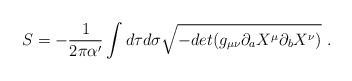
\begin{align*}S= -{1\over 2 \pi \alpha'}\int d\tau d\sigma \sqrt{-det(g_{\mu\nu}\partial_a X^\mu \partial_b X^\nu)}\ .\end{align*}